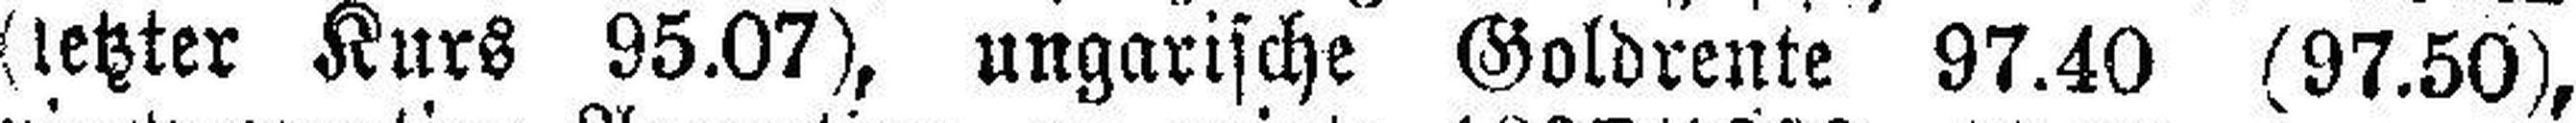
(letzter Kurs 95.07), ungarische Goldrente 97.40 (97.50),